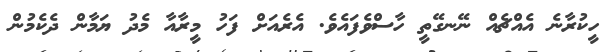
ހީކުރާނެ އެއްޗެއް ނޭނގޭތީ ހާސްވެފައެވެ. އެރެއަށް ފަހު މީރާއާ މެދު ޔަމާން ދެކެމުން